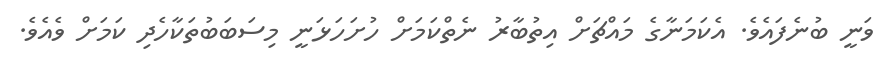
ވަނީ ބުނެފައެވެ. އެކަމަނާގެ މައްޗަށް އިތުބާރު ނެތްކަމަށް ހުށަހަޅަނީ މިސަބަބުތަކާހެދި ކަމަށް ވެއެވެ.